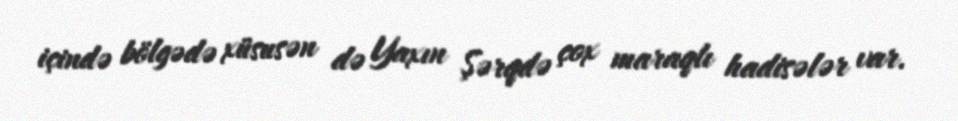
içində bölgədə xüsusən də Yaxın Şərqdə çox maraqlı hadisələr var.